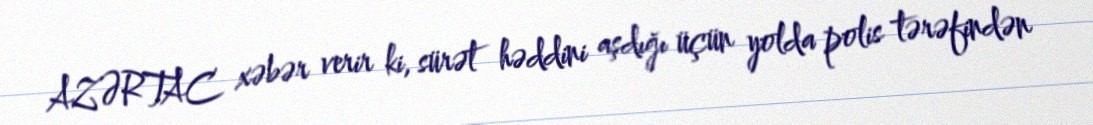
AZƏRTAC xəbər verir ki, sürət həddini aşdığı üçün yolda polis tərəfindən